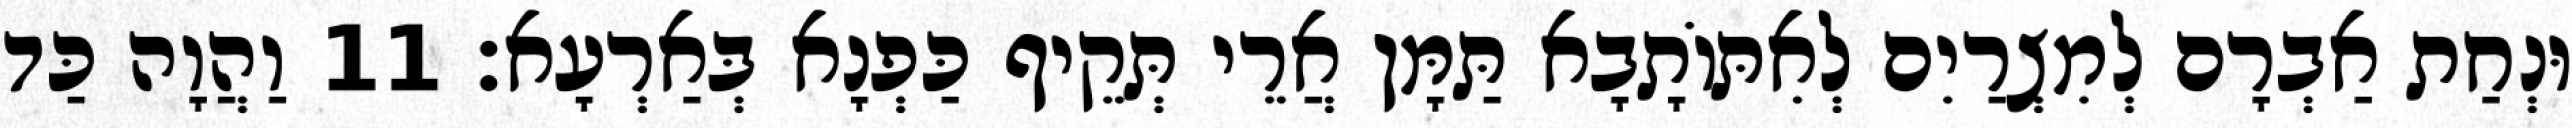
וּנְחַת אַבְרָם לְמִצְרַיִם לְאִתּוֹתָבָא תַּמָּן אֲרֵי תְּקֵיף כַּפְנָא בְּאַרְעָא׃ 11 וַהֲוָה כַּד